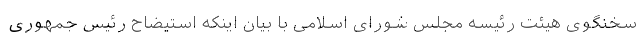
سخنگوی هیئت رئیسه مجلس شورای اسلامی با بیان اینکه استیضاح رئیس جمهوری